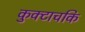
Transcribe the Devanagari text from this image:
कुक्टाचकि